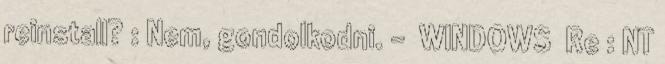
reinstall? : Nem, gondolkodni. - WINDOWS Re : NT